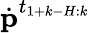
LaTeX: \dot{\textbf{p}}^{t_{1+k-H:k}}